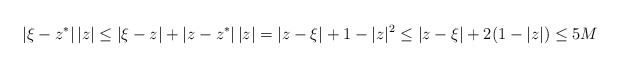
\begin{align*}|\xi-z^*| \, |z| \leq |\xi-z| + |z-z^*| \, |z| = |z-\xi| + 1-|z|^2 \leq |z-\xi| + 2(1-|z|) \leq 5M\end{align*}